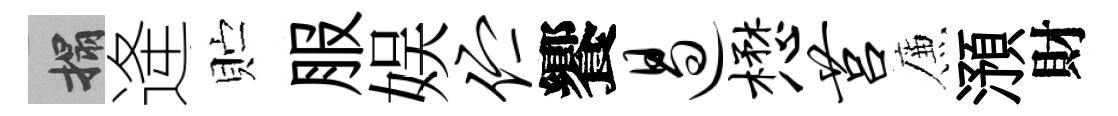
搨逄贮服娱伫饗遏懋莒簾澦財